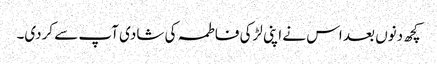
کچھ دنوں بعد اس نے اپنی لڑکی فاطمہ کی شادی آپ سے کردی۔